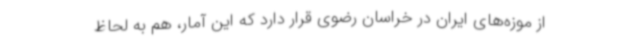
از موزه‌های ایران در خراسان رضوی قرار دارد که این آمار، هم به لحاظ